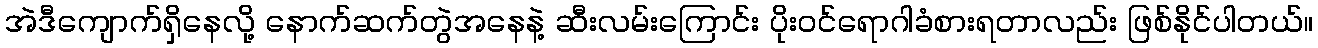
အဲဒီကျောက်ရှိနေလို့ နောက်ဆက်တွဲအနေနဲ့ ဆီးလမ်းကြောင်း ပိုးဝင်ရောဂါခံစားရတာလည်း ဖြစ်နိုင်ပါတယ်။